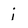
Character: i